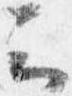
云